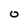
Character: O